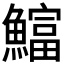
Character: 𫙻